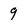
Character: 9